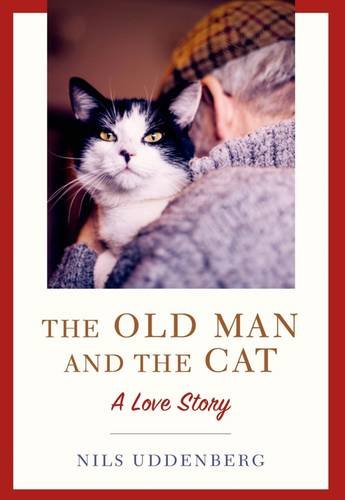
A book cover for The Old Man and the Cat: A Love Story; Nils Uddenberg; Crafts, Hobbies & Home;